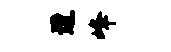
遭峰